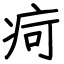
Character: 疴